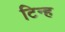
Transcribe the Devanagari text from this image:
टिन्ह